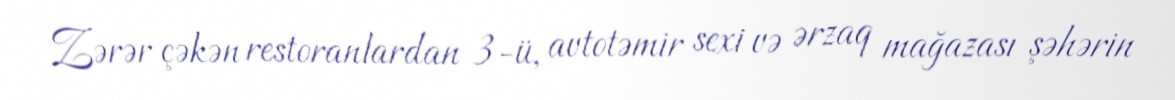
Zərər çəkən restoranlardan 3-ü, avtotəmir sexi və ərzaq mağazası şəhərin